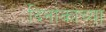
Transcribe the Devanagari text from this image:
दिनांकांच्या